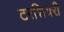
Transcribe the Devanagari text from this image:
टरशियरी